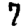
Digit: 7